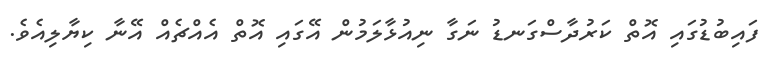
ފައިބުޑުގައި އޮތް ކަރުދާސްގަނޑު ނަގާ ނިއުޅާލަމުން އޭގައި އޮތް އެއްޗެއް އޭނާ ކިޔާލިއެވެ.